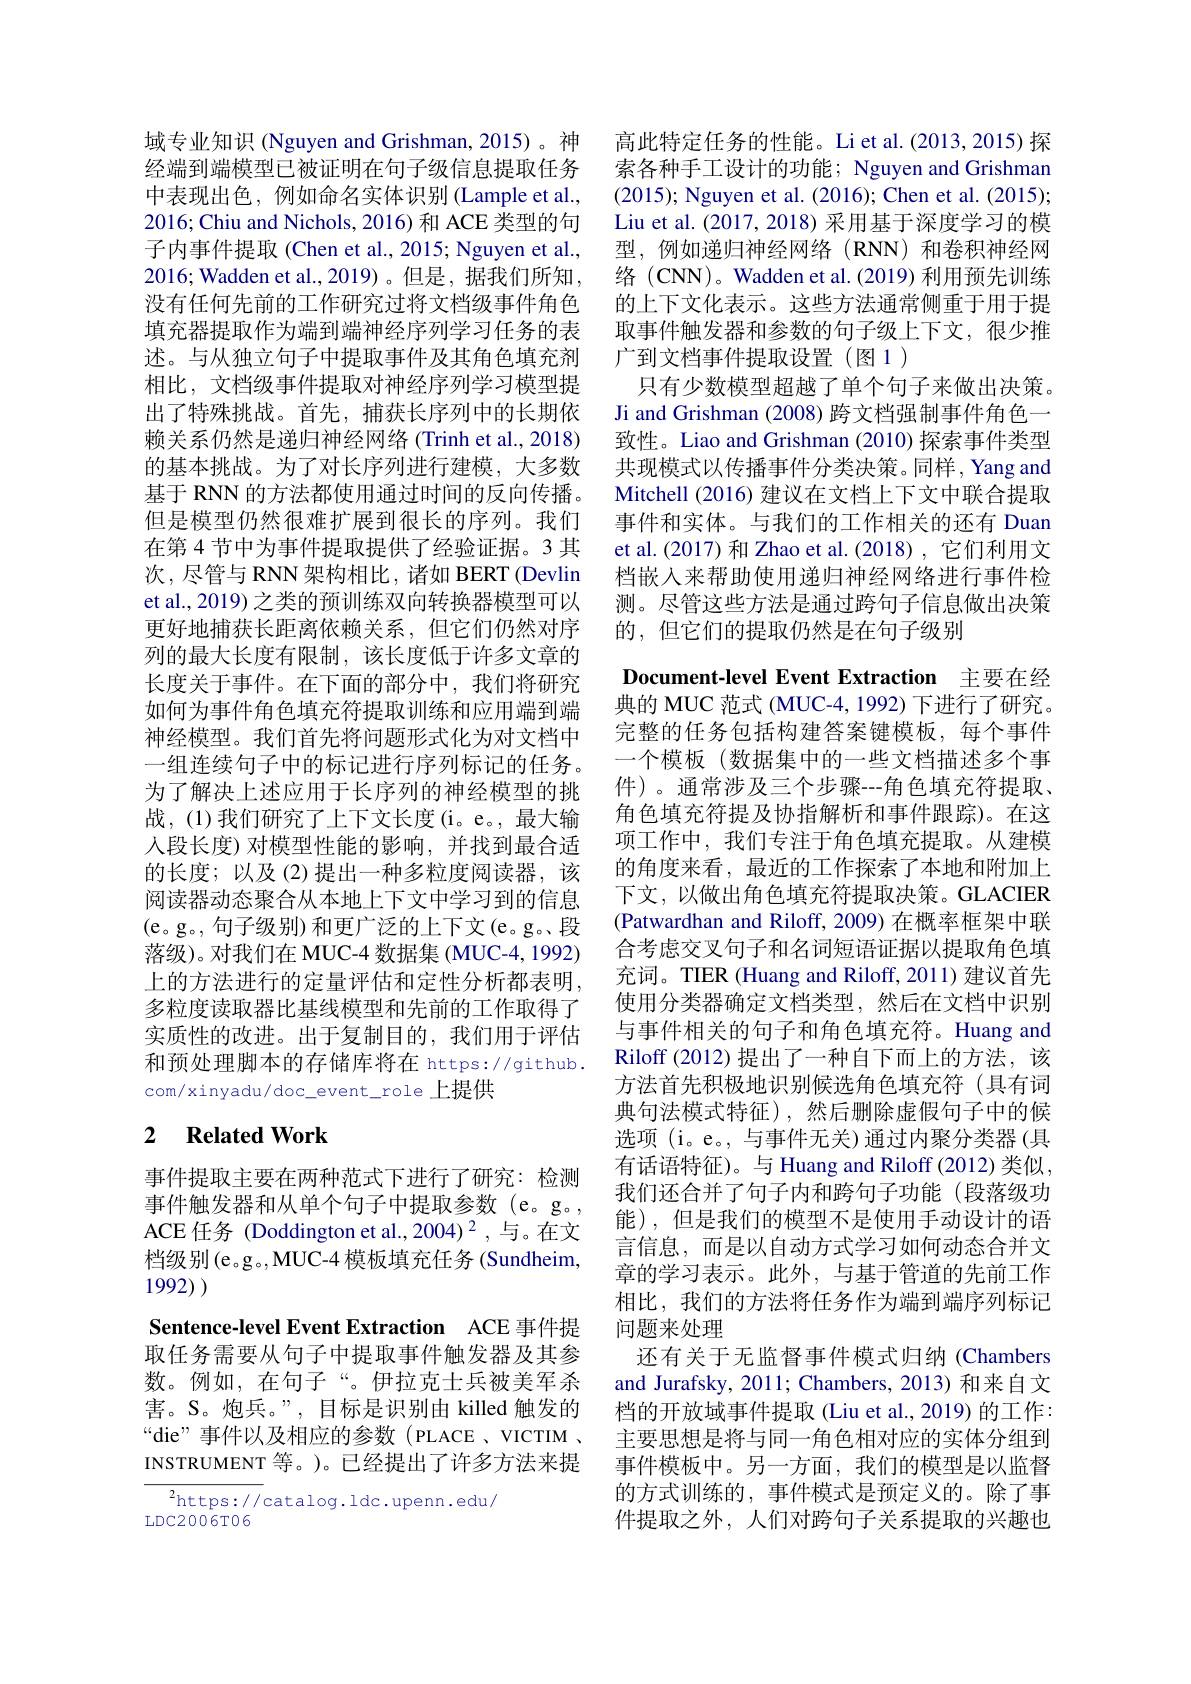
域专业知识 (Nguyen and Grishman, 2015)。神经端到端模型已被证明在句子级信息提取任务中表现出色，例如命名实体识别 (Lample et al., 2016; Chiu and Nichols, 2016) 和 ACE 类型的句子内事件提取(Chen et al., 2015; Nguyen et al., 2016; Wadden et al.,2019)。但是，据我们所知， 没有任何先前的工作研究过将文档级事件角色填充器提取作为端到端神经序列学习任务的表述。与从独立句子中提取事件及其角色填充剂相比，文档级事件提取对神经序列学习模型提出了特殊挑战。首先，捕获长序列中的长期依赖关系仍然是递归神经网络(Trinh et al., 2018) 的基本挑战。为了对长序列进行建模，大多数基于 RNN 的方法都使用通过时间的反向传播。但是模型仍然很难扩展到很长的序列。我们在第 4 节中为事件提取提供了经验证据。3 其次，尽管与 RNN 架构相比，诸如 BERT (Devlin et al., 2019) 之类的预训练双向转换器模型可以更好地捕获长距离依赖关系，但它们仍然对序列的最大长度有限制，该长度低于许多文章的长度关于事件。在下面的部分中，我们将研究如何为事件角色填充符提取训练和应用端到端神经模型。我们首先将问题形式化为对文档中一组连续句子中的标记进行序列标记的任务。为了解决上述应用于长序列的神经模型的挑战，(1)我们研究了上下文长度(i。e。,最大输人段长度)对模型性能的影响，并找到最合适的长度；以及(2)提出一种多粒度阅读器，该阅读器动态聚合从本地上下文中学习到的信息(e。g。,句子级别)和更广泛的上下文(e。g。段落级)。对我们在 MUC-4 数据集 (MUC-4, 1992) 上的方法进行的定量评估和定性分析都表明， 多粒度读取器比基线模型和先前的工作取得了实质性的改进。出于复制目的，我们用于评估和预处理脚本的存储库将在 https://github. com/xinyadu/doc\_event\_role\_上提供

## 2 Related Work

事件提取主要在两种范式下进行了研究：检测事件触发器和从单个句子中提取参数(e。g。, ACE 任务 (Doddington et al.,2004) $^2$,与。在文档级别(e。g。,MUC-4 模板填充任务 (Sundheim, 1992) 1992)
Sentence-level Event Extraction ACE 事件提取任务需要从句子中提取事件触发器及其参数。例如，在句子“。伊拉克士兵被美军杀害。S。炮兵。”, 目标是识别由 killed 触发的“die”事件以及相应的参数(PLACE、VICTIM , INSTRUMENT 等。)。已经提出了许多方法来提

${{^{2}\mathrm{https://}}}$catalog.ldc.upenn.edu/
LDC2006T06

高此特定任务的性能。Li et al.(2013,2015) 探索各种手工设计的功能；Nguyen and Grishman (2015); Nguyen et al. (2016); Chen et al. (2015); Liu et al. (2017, 2018) 采用基于深度学习的模型，例如递归神经网络(RNN)和卷积神经网络 (CNN)。Wadden et al. (2019) 利用预先训练的上下文化表示。这些方法通常侧重于用于提取事件触发器和参数的句子级上下文，很少推广到文档事件提取设置(图1)
只有少数模型超越了单个句子来做出决策。Ji and Grishman (2008) 跨文档强制事件角色一致性。Liao and Grishman (2010) 探索事件类型共现模式以传播事件分类决策。同样，Yang and Mitchell (2016) 建议在文档上下文中联合提取事件和实体。与我们的工作相关的还有 Duan et al.(2017) 和 Zhao et al.(2018) , 它们利用文档嵌入来帮助使用递归神经网络进行事件检测。尽管这些方法是通过跨句子信息做出决策的，但它们的提取仍然是在句子级别

Document-level Event Extraction 主要在经

典的 MUC 范式 (MUC-4, 1992) 下进行了研究。完整的任务包括构建答案键模板，每个事件一个模板(数据集中的一些文档描述多个事件)。通常涉及三个步骤--角色填充符提取、 角色填充符提及协指解析和事件跟踪)。在这项工作中，我们专注于角色填充提取。从建模的角度来看，最近的工作探索了本地和附加上下文，以做出角色填充符提取决策。GLACIER (Patwardhan and Riloff, 2009) 在概率框架中联合考虑交叉句子和名词短语证据以提取角色填充词。TIER (Huang and Riloff, 2011) 建议首先使用分类器确定文档类型，然后在文档中识别与事件相关的句子和角色填充符。Huang and Riloff (2012)提出了一种自下而上的方法，该方法首先积极地识别候选角色填充符(具有词典句法模式特征),然后删除虚假句子中的候选项 (i。e。, 与事件无关)通过内聚分类器 (具有话语特征)。与 Huang and Riloff (2012) 类似 , 我们还合并了句子内和跨句子功能(段落级功能),但是我们的模型不是使用手动设计的语言信息，而是以自动方式学习如何动态合并文章的学习表示。此外，与基于管道的先前工作相比，我们的方法将任务作为端到端序列标记问题来处理
还有关于无监督事件模式归纳(Chambers and Jurafsky, 2011; Chambers, 2013) 和来自文档的开放域事件提取 (Liu et al., 2019) 的工作： 主要思想是将与同一角色相对应的实体分组到事件模板中。另一方面，我们的模型是以监督的方式训练的，事件模式是预定义的。除了事件提取之外，人们对跨句子关系提取的兴趣也